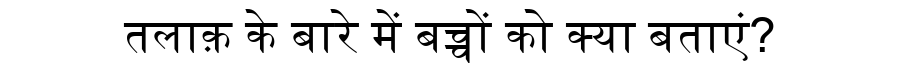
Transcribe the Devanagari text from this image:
तलाक़ के बारे में बच्चों को क्या बताएं?